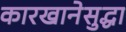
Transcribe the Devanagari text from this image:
कारखानेसुद्धा